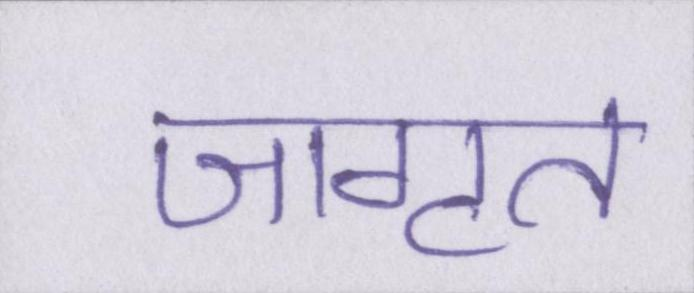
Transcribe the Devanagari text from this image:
जागृत